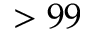
> 9 9